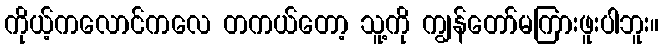
ကိုယ့်ကလောင်ကလေ တကယ်တော့ သူ့ကို ကျွန်တော်မကြားဖူးပါဘူး။